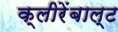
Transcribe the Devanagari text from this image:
क्लीरेंबाल्ट